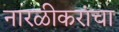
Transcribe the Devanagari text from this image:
नारळीकरांचा